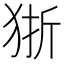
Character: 狾